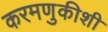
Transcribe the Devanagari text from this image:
करमणुकीशी